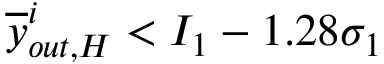
\overline { { y } } _ { o u t , H } ^ { i } < I _ { 1 } - 1 . 2 8 \sigma _ { 1 }